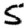
Digit: 5